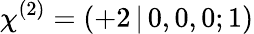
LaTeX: \chi^{(2)}=(+2\, |\, 0,0,0;1)